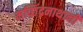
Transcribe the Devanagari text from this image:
मच्छिंद्रनाथानी